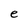
Character: e